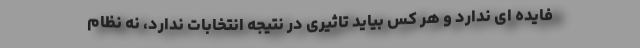
فایده ای ندارد و هر کس بیاید تاثیری در نتیجه انتخابات ندارد، نه نظام